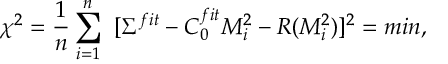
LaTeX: \chi ^ { 2 } = \frac { 1 } { n } \sum _ { i = 1 } ^ { n } ~ [ \Sigma ^ { f i t } - C _ { 0 } ^ { f i t } M _ { i } ^ { 2 } - R ( M _ { i } ^ { 2 } ) ] ^ { 2 } = m i n ,